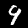
Digit: 9